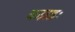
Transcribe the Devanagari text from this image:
कन्नडः